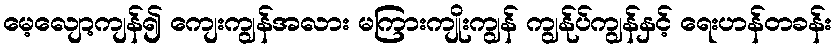
မေ့လျော့ကျန်၍ ကျေးကျွန်အလား မကြားကျိုးကျွန် ကျွန်ုပ်ကျွန်နှင့် ရေးဟန်တခန်း